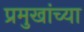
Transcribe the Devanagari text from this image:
प्रमुखांच्या